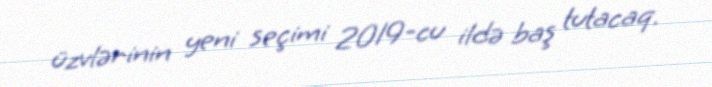
üzvlərinin yeni seçimi 2019-cu ildə baş tutacaq.